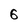
Character: 6